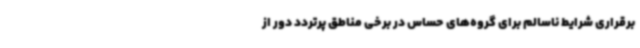
برقراری شرایط ناسالم برای گروه‌های حساس در برخی مناطق پرتردد دور از